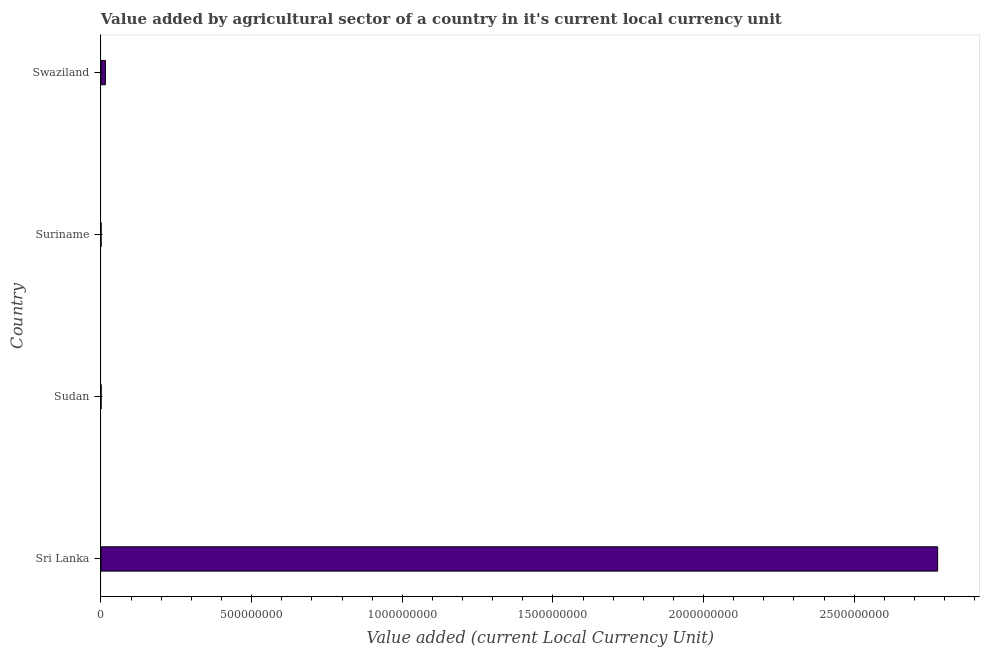
| Country | Agriculture |
 | --- | --- |
 | Sri Lanka | 2.78e+09 |
 | Sudan | 1.95e+05 |
 | Suriname | 3.45e+04 |
 | Swaziland | 1.47e+07 |